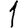
Digit: 1